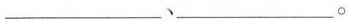
___、___。